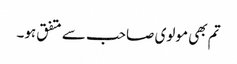
تم بھی مولوی صاحب سے متفق ہو۔